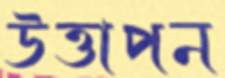
উত্তাপন